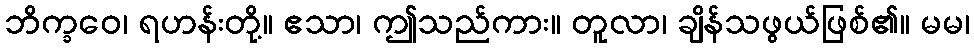
ဘိက္ခဝေ၊ ရဟန်းတို့။ ဧသာ၊ ဤသည်ကား။ တူလာ၊ ချိန်သဖွယ်ဖြစ်၏။ မမ၊